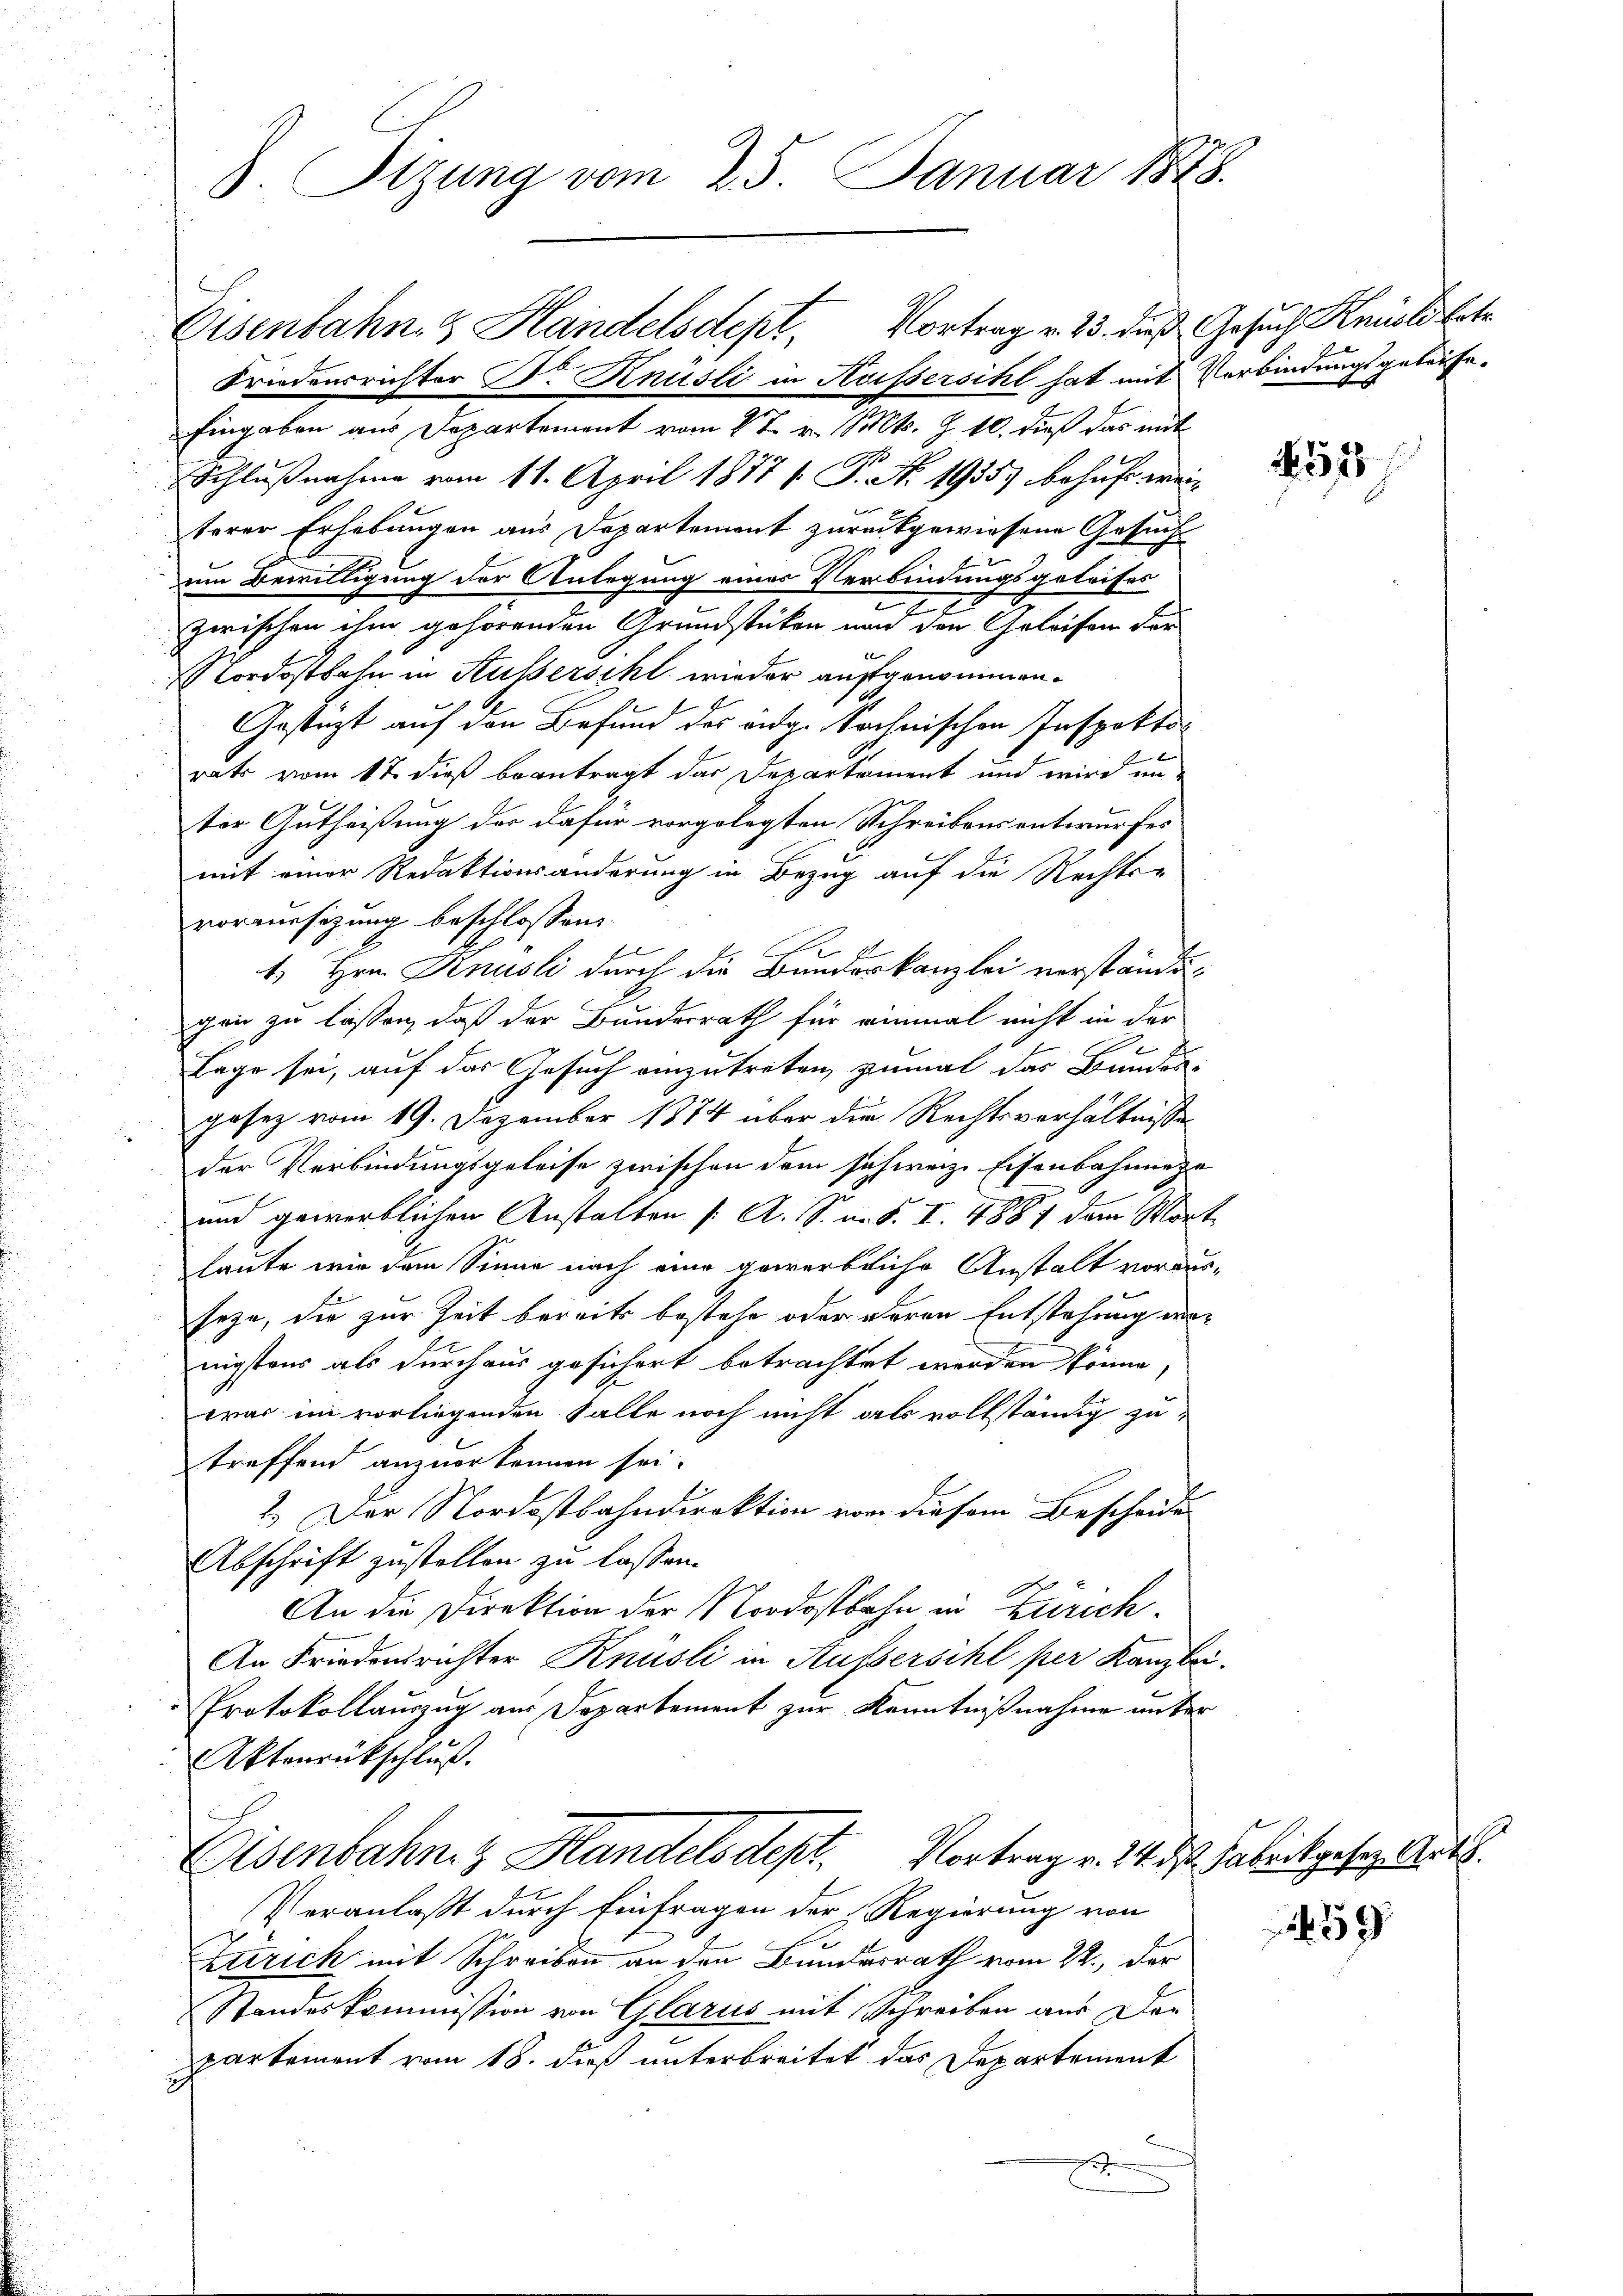
Stzung vom 25. Januar 1848.

Eisenbahn & Handelsdept, Vortrag v. 23. dieß Gesuch Knüsli Ertr

Friedensrichter Dr. Knüsli in Aussersihl hat mit Verbindungsgelaufe.
Eingaben aus Departement vom 27. v. Mts. Z. 10. dieß das mit
1
Schlußnahme vom 11. April 1877 s. S. Nr. 1935) behuf wei¬
|
terer Erhebungen aus Departement zurückgewiesene Gesuch
um Bewilligung der Anlegung einer Verbindungsgeleises
zwischen ihm gehörenden Grundstücken und den Geleisen der
Nordostbahn in Kussersihl wieder aufgenommen.
Gestagt auf den Befund des eidg. Sochnischen Inspektor
f
rats vom 17. dieß beantragt das Departament und wird un-
ter Gutheißung der dafür vorgelegten Schreibens entwurfes
mit einer Redaktionsänderung in Bezug auf die Rechts-
vorenesizung beschlossen:
1. Hrn. Knüsli durch die Bunderkanzlei verständegen zu lassen, daß der Bundesrath für einmal nicht in der
Lage sei, auf das Gesuch einzutreten, zumal das Bundes-
gasez vom 19. Dezember 1874 über die Rechtsverhältnissen
der Verbindungsgeleise zwischen dem schweiz. Eisenbahnnezu
und gewerblichen Anstalten /: A. S. unt. I. 4887 dem Wort
haute wir dem Sinne nach eine gewerbliche Anstalt voraus-
seze, die zur Zeit bereits bestehe oder deren Entstehung einigstens als durchaus gesichert betrachtet werden könne,
war im vorliegenden Salle noch nicht als vollständig zutreffend anzuerkennen sei.
2.) Der Nordostbahndirektion von diesem Bescheide
Abschrift zustellen zu lassen.
An die Direktion der Nordostbahn in Zürich¬
An Friedensrichter Knüsli in Aussersihl per Kanzlei-
Protokollauszug aus Departement zur Kenntnißnahme unter
Aktenrückschluß.
Disenbahn & Handelsdept. Vortrag v. 14 des Fabrikgesetz Art.
Veranlaßt durch Einfragen der Regierung von
Errrich mit Schreiben an den Bundesrath vom 22., der
Standeskommission von Glarus mit Schreiben aus Dor
partement vom 18. dieß unterbreitet das Departement
.

155

59